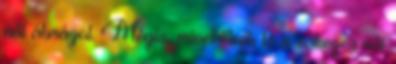
nőt ábrázol. Mégis, mivel tűnik ki a sokezer női